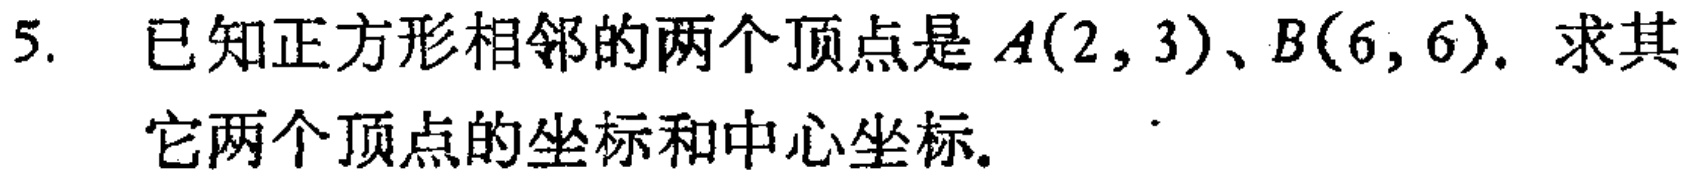
5. 已知正方形相邻的两个顶点是\(A(2,3)\)、\(B(6,6)\). 求其它两个顶点的坐标和中心坐标.